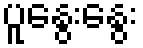
ပူနွေးနွေး